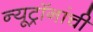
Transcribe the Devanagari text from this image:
न्यूट्रॉनांची